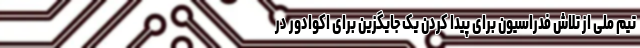
تیم ملی از تلاش فدراسیون برای پیدا کردن یک جایگزین برای اکوادور در